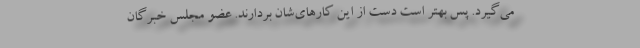
می‌گیرد. پس بهتر است دست از این کارهای‌شان بردارند. عضو مجلس خبرگان